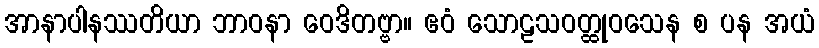
အာနာပါနဿတိယာ ဘာဝနာ ဝေဒိတဗ္ဗာ။ ဧဝံ သောဠသဝတ္ထုဝသေန စ ပန အယံ